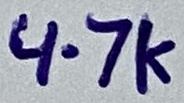
Text: 4.7K